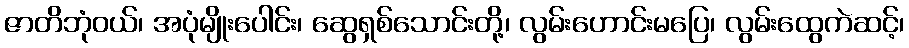
ဇာတိဘုံဝယ်၊ အပုံမျိုးပေါင်း၊ ဆွေရှစ်သောင်းတို့၊ လွမ်းဟောင်းမပြေ၊ လွမ်းထွေကဲဆင့်၊